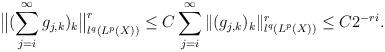
LaTeX: \begin{align*}\big\|(\sum_{j=i}^\infty g_{j,k})_k\big\|_{l^q(L^p(X))}^r\le C\sum_{j=i}^\infty\|(g_{j,k})_k\|_{l^q(L^p(X))}^r\le C2^{-ri}.\end{align*}